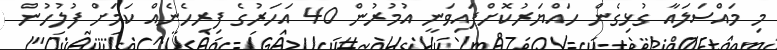
މި މައްސަލައާ ގުޅިގެން ހައްޔަރުކޮށްފައިވަނީ އުމުރުން 40 އަހަރުގެ ފިރިހެނެއް ކަމަށް ފުލުހުން